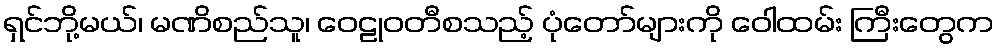
ရှင်ဘို့မယ်၊ မဏိစည်သူ၊ ဝေဠုဝတီစသည့် ပုံတော်များကို ဝေါထမ်း ကြီးတွေက